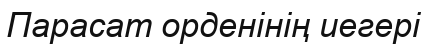
Парасат орденінің иегері